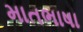
માતભાષા